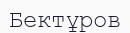
Бектұров